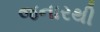
જનારથી